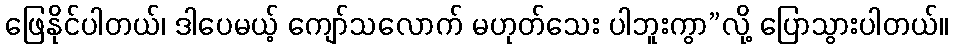
ဖြေနိုင်ပါတယ်၊ ဒါပေမယ့် ကျော်သလောက် မဟုတ်သေး ပါဘူးကွာ”လို့ ပြောသွားပါတယ်။